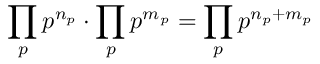
\prod _ { p } p ^ { n _ { p } } \cdot \prod _ { p } p ^ { m _ { p } } = \prod _ { p } p ^ { n _ { p } + m _ { p } }